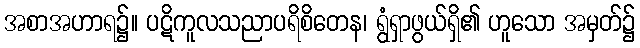
အစာအဟာရ၌။ ပဋိကူလသညာပရိစိတေန၊ ရွံရှာဖွယ်ရှိ၏ ဟူသော အမှတ်၌